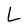
Character: L